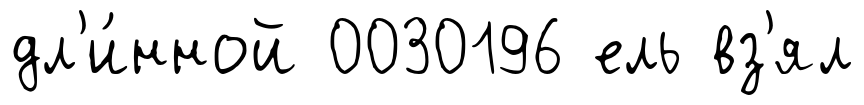
дл'и́нной 0030196 ель вз'ял